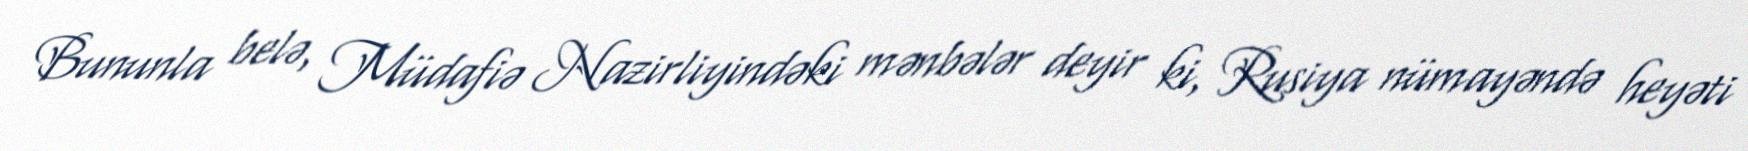
Bununla belə, Müdafiə Nazirliyindəki mənbələr deyir ki, Rusiya nümayəndə heyəti